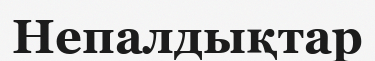
Непалдықтар